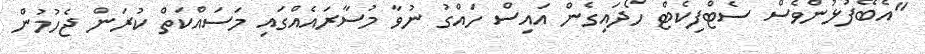
"އެބޭފުޅުންވެސް ސެޓްފިކެޓް ހޯދައިގެން އައިސް ހައްގު ނުވާ މުސާރައެއްގައި މަސައްކަތް ކުރަން ޖެހުމުން